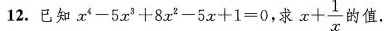
12. 已知 $$x ^ { 4 } - 5 x ^ { 3 } + 8 x ^ { 2 } - 5 x + 1 = 0$$,求 $$x + \frac { 1 } { x }$$ 的值.